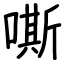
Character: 嘶